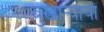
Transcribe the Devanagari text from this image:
बुखार्‍याची